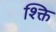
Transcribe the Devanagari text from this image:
श्क्ति